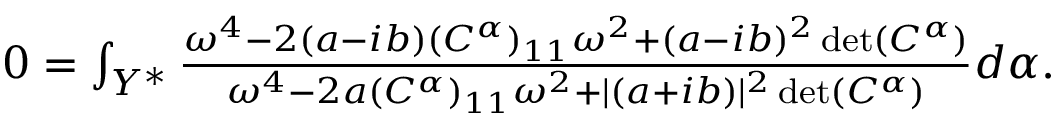
\begin{array} { r } { 0 = \int _ { Y ^ { * } } \frac { \omega ^ { 4 } - 2 ( a - i b ) ( C ^ { \alpha } ) _ { 1 1 } \omega ^ { 2 } + ( a - i b ) ^ { 2 } \operatorname* { d e t } ( C ^ { \alpha } ) } { \omega ^ { 4 } - 2 a ( C ^ { \alpha } ) _ { 1 1 } \omega ^ { 2 } + \lvert ( a + i b ) \rvert ^ { 2 } \operatorname* { d e t } ( C ^ { \alpha } ) } d \alpha . } \end{array}